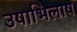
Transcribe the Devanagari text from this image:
उषाभिलाष